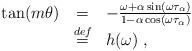
LaTeX: \begin{align*}\begin{array}{lcl}\tan(m\theta) &=& -\frac{\omega + \alpha\sin(\omega \tau_\alpha)}{1-\alpha\cos(\omega \tau_\alpha)}\\&\stackrel{def}{=}& h(\omega)\;,\end{array}\end{align*}